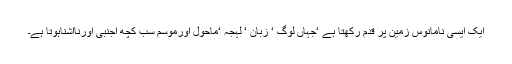
ایک ایسی نامانوس زمین پر قدم رکھتا ہے ‘جہاں لوگ ‘ زبان ‘ لہجہ ‘ماحول اورموسم سب کچھ اجنبی اورناآشناہوتا ہے۔